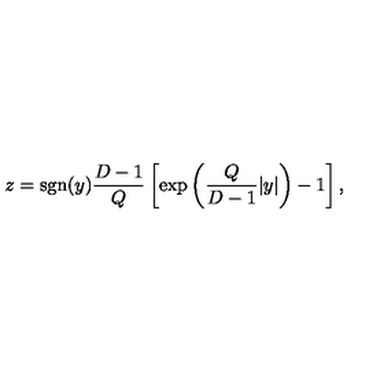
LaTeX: z = \mathrm { s g n } ( y ) { \frac { D - 1 } { Q } } \left[ \exp \left( { \frac { Q } { D - 1 } } | y | \right) - 1 \right] ,